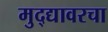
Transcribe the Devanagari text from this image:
मुद्द्यावरचा